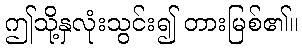
ဤသို့နှလုံးသွင်း၍ တားမြစ်၏။